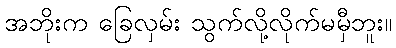
အဘိုးက ခြေလှမ်း သွက်လို့လိုက်မမှီဘူး။